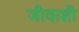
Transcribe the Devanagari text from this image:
जीवाशी